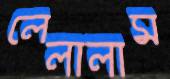
লেলালাম